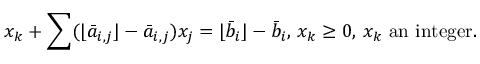
x _ { k } + \sum ( \lfloor { \bar { a } } _ { i , j } \rfloor - { \bar { a } } _ { i , j } ) x _ { j } = \lfloor { \bar { b } } _ { i } \rfloor - { \bar { b } } _ { i } , \, x _ { k } \geq 0 , \, x _ { k } { \mathrm { ~ a n ~ i n t e g e r } } .